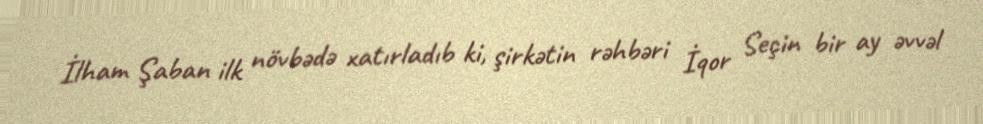
İlham Şaban ilk növbədə xatırladıb ki, şirkətin rəhbəri İqor Seçin bir ay əvvəl